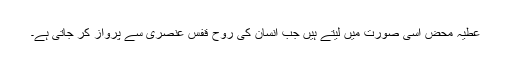
عطیہ محض اُسی صورت میں لیتے ہیں جب انسان کی روح قفس ِعنصری سے پرواز کر جاتی ہے۔